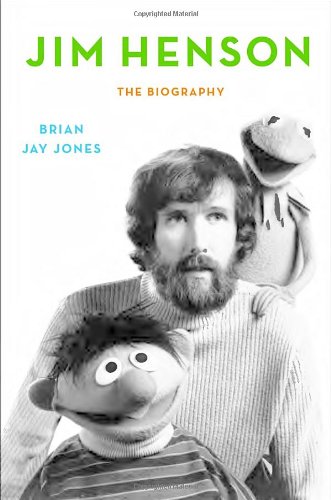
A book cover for Jim Henson: The Biography; Brian Jay Jones; Humor & Entertainment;